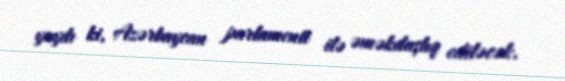
yaydı ki, Azərbaycan parlamenti ilə əməkdaşlıq ediləcək.